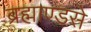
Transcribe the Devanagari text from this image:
ब्रह्माण्डसे